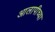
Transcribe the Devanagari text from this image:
आलापीच्या